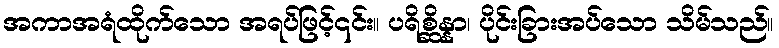
အကာအရံထိုက်သော အရပ်ဖြင့်၎င်း။ ပရိစ္ဆိန္နာ၊ ပိုင်းခြားအပ်သော သိမ်သည်။